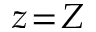
z \! = \! Z